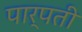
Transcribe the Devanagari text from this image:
पार्पती